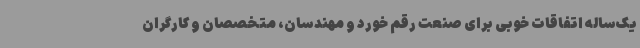
یک‌ساله اتفاقات خوبی برای صنعت رقم خورد و مهندسان، متخصصان و کارگران